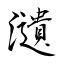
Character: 瀢